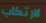
لارتكاب